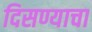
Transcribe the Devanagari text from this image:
दिसण्याचा